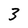
Character: 3